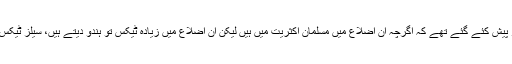
کانگرس کے میمورنڈم میں یہ دلائل بلکہ تفصیلی ضلع وار اعداد و شمار پیش کئے گئے تھے کہ اگرچہ ان اضلاع میں مسلمان اکثریت میں ہیں لیکن ان اضلاع میں زیادہ ٹیکس تو ہندو دیتے ہیں، سیلز ٹیکس بھی ہندو زیادہ دے رہے ہیں اور زیادہ جائیدادوں کے مالک تو ہندو ہیں۔